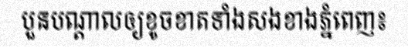
បួនបណ្តាលឲ្យខូចខាតទាំងសងខាងភ្នំពេញ៖